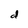
Character: d